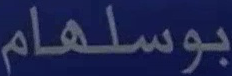
بوسلهام